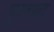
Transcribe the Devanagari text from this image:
मुस्तफा़